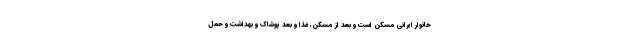
خانوار ایرانی مسکن است و بعد از مسکن، غذا و بعد پوشاک و بهداشت و حمل